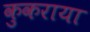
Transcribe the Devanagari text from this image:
कुकराया